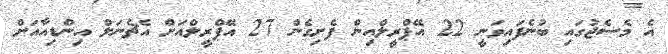
އެ މެސެޖުގައި ބުނެފައިވަނީ 22 އޭޕްރީލްއިން ފެށިގެން 27 އޭޕްރީލްއަށް އެޗެނަލް އިންޑިއާއަށް